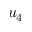
u _ { 4 }